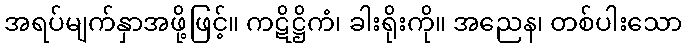
အရပ်မျက်နှာအဖို့ဖြင့်။ ကဋိဋ္ဌိကံ၊ ခါးရိုးကို။ အညေန၊ တစ်ပါးသော